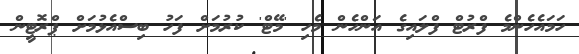
ހަމައެހެންމެ ފްރުޓް ފްލައިގެ އަންހެން މެހި 'މޭޓް' ކުރުމަށް ފަހު ބިސްއެޅުމަށް ޕްރޮޓީން